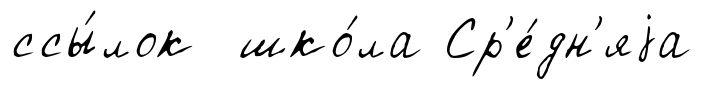
ссы́лок шко́ла Ср'е́дн'яjа